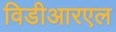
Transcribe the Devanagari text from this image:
विडीआरएल